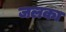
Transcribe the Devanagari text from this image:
जलका